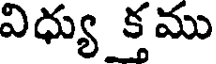
విధ్యు క్తము